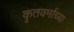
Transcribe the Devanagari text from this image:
कृतवर्माच्या